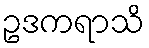
ဥဒကရာသိ